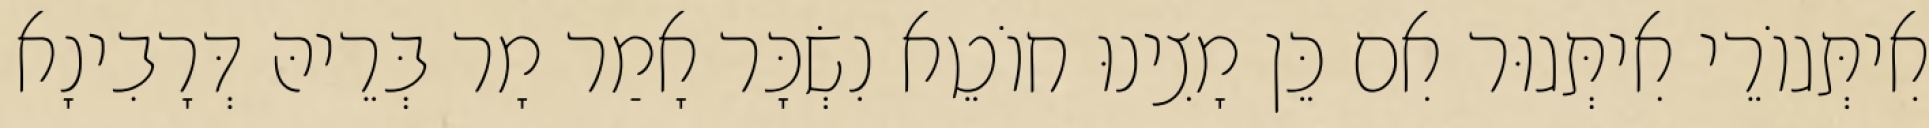
אִיתְּגוֹרֵי אִיתְּגוּר אִם כֵּן מָצִינוּ חוֹטֵא נִשְׂכָּר אָמַר מָר בְּרֵיהּ דְּרָבִינָא